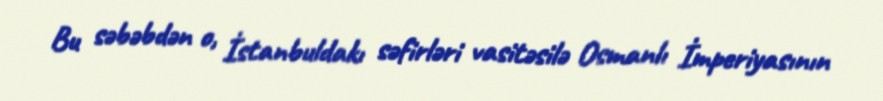
Bu səbəbdən o, İstanbuldakı səfirləri vasitəsilə Osmanlı İmperiyasının